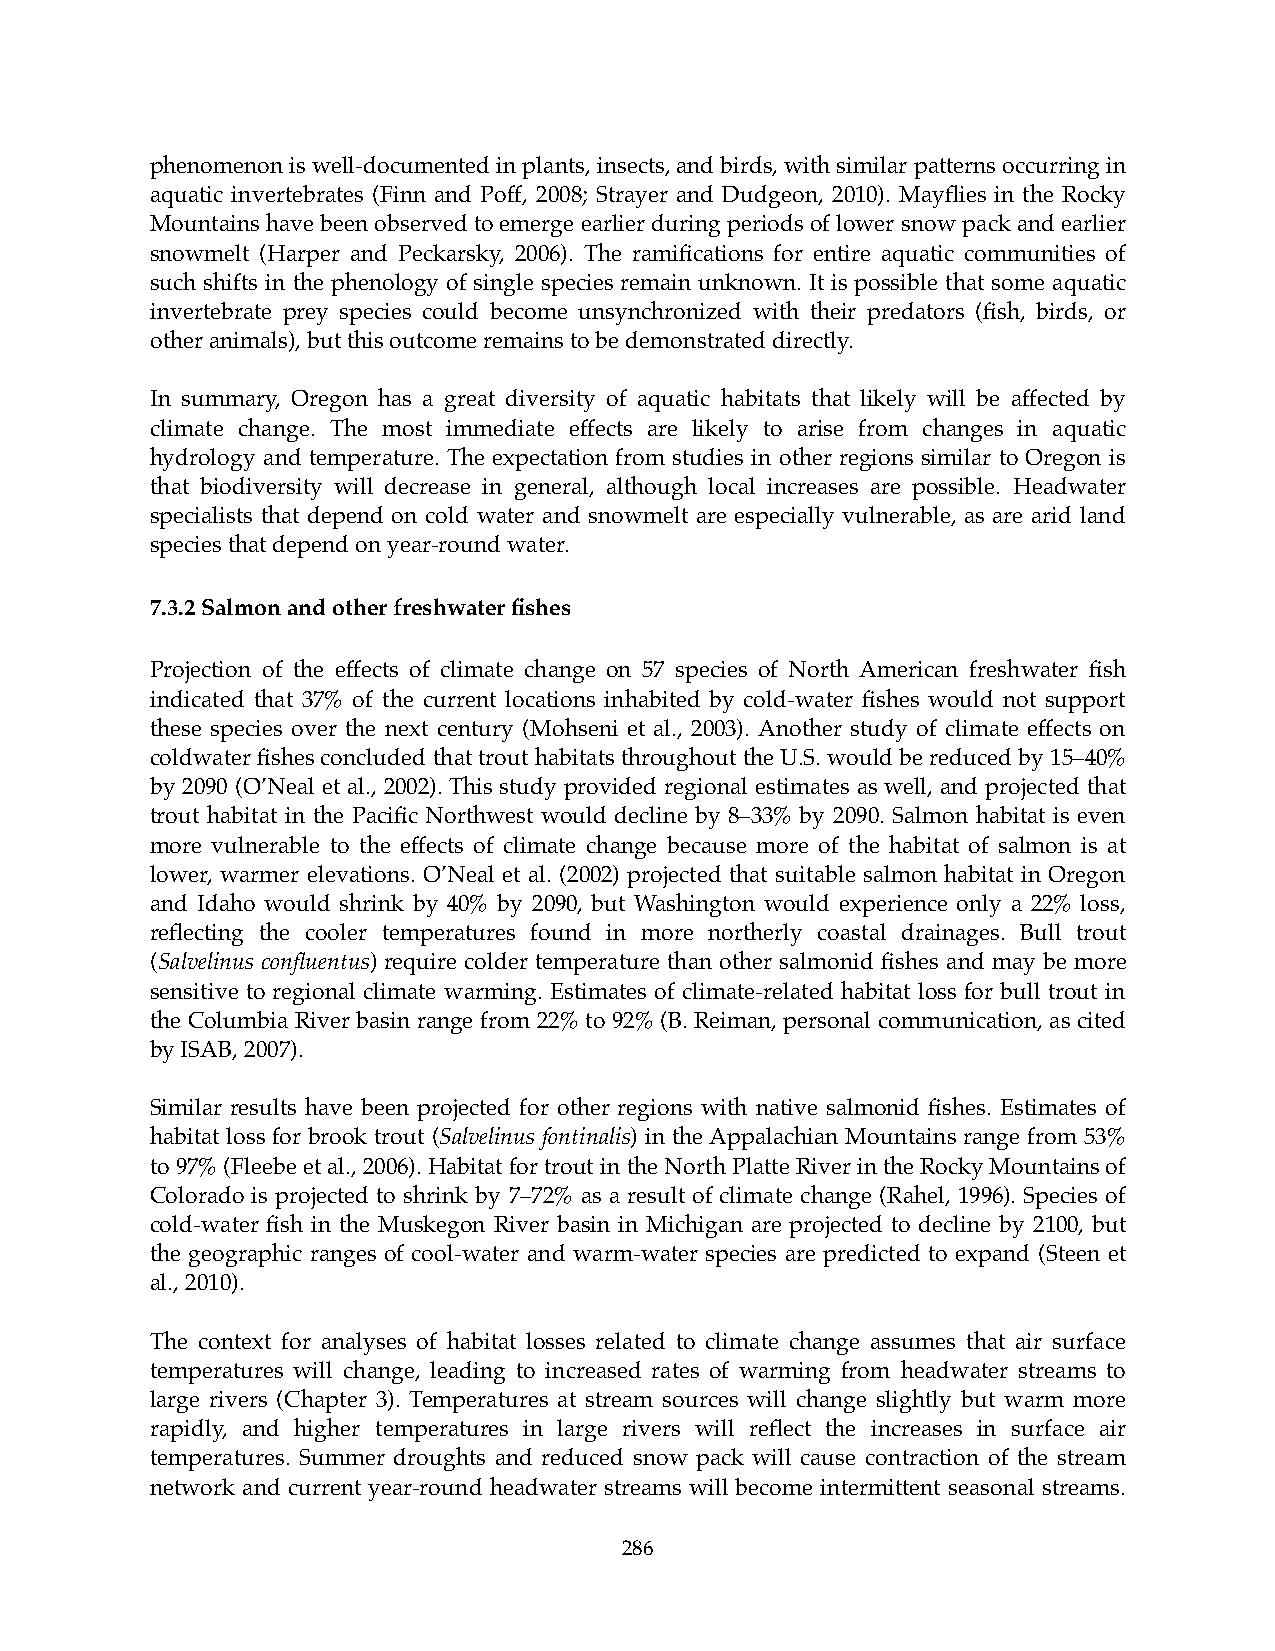
phenomenon is well-documented in plants, insects, and birds, with similar patterns occurring in
 aquatic invertebrates (Finn and Poff, 2008; Strayer and Dudgeon, 2010). Mayflies in the Rocky
 Mountains have been observed to emerge earlier during periods of lower snow pack and earlier
 snowmelt (Harper and Peckarsky, 2006). The ramifications for entire aquatic communities of
 such shifts in the phenology of single species remain unknown. It is possible that some aquatic
 invertebrate prey species could become unsynchronized with their predators (fish, birds, or
 other animals), but this outcome remains to be demonstrated directly.
 In summary, Oregon has a great diversity of aquatic habitats that likely will be affected by
 climate change. The most immediate effects are likely to arise from changes in aquatic
 hydrology and temperature. The expectation from studies in other regions similar to Oregon is
 that biodiversity will decrease in general, although local increases are possible. Headwater
 specialists that depend on cold water and snowmelt are especially vulnerable, as are arid land
 species that depend on year-round water.
 7.3.2 Salmon and other freshwater fishes
 Projection of the effects of climate change on 57 species of North American freshwater fish
 indicated that 37% of the current locations inhabited by cold-water fishes would not support
 these species over the next century (Mohseni et al., 2003). Another study of climate effects on
 coldwater fishes concluded that trout habitats throughout the U.S. would be reduced by 15–40%
 by 2090 (O’Neal et al., 2002). This study provided regional estimates as well, and projected that
 trout habitat in the Pacific Northwest would decline by 8–33% by 2090. Salmon habitat is even
 more vulnerable to the effects of climate change because more of the habitat of salmon is at
 lower, warmer elevations. O’Neal et al. (2002) projected that suitable salmon habitat in Oregon
 and Idaho would shrink by 40% by 2090, but Washington would experience only a 22% loss,
 reflecting the cooler temperatures found in more northerly coastal drainages. Bull trout
 (Salvelinus confluentus) require colder temperature than other salmonid fishes and may be more
 sensitive to regional climate warming. Estimates of climate-related habitat loss for bull trout in
 the Columbia River basin range from 22% to 92% (B. Reiman, personal communication, as cited
 by ISAB, 2007).
 Similar results have been projected for other regions with native salmonid fishes. Estimates of
 habitat loss for brook trout (Salvelinus fontinalis) in the Appalachian Mountains range from 53%
 to 97% (Fleebe et al., 2006). Habitat for trout in the North Platte River in the Rocky Mountains of
 Colorado is projected to shrink by 7–72% as a result of climate change (Rahel, 1996). Species of
 cold-water fish in the Muskegon River basin in Michigan are projected to decline by 2100, but
 the geographic ranges of cool-water and warm-water species are predicted to expand (Steen et
 al., 2010).
 The context for analyses of habitat losses related to climate change assumes that air surface
 temperatures will change, leading to increased rates of warming from headwater streams to
 large rivers (Chapter 3). Temperatures at stream sources will change slightly but warm more
 rapidly, and higher temperatures in large rivers will reflect the increases in surface air
 temperatures. Summer droughts and reduced snow pack will cause contraction of the stream
 network and current year-round headwater streams will become intermittent seasonal streams.
 286